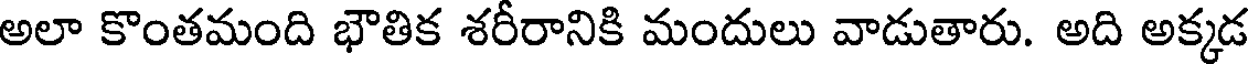
అలా కొంతమంది భౌతిక శరీరానికి మందులు వాడుతారు. అది అక్కడ